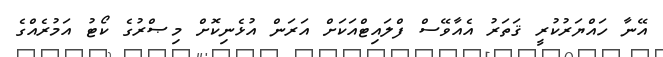
އޭނާ ހައްޔަރުކުރީ ޤަތަރު އެއާވޭސް ފްލައިޓްއަކަށް އަރަން އުޅެނިކޮށް މިޞްރުގެ ކޯޓު އަމުރެއްގެ